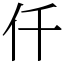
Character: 仟